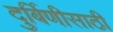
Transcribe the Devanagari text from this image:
दुर्बिणीसाठी